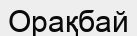
Орақбай